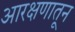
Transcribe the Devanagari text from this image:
आरक्षणातून